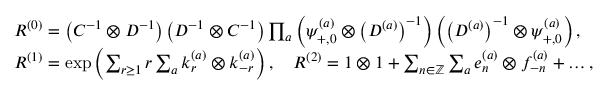
\begin{array} { r l } & { R ^ { ( 0 ) } = \left( C ^ { - 1 } \otimes D ^ { - 1 } \right) \left( D ^ { - 1 } \otimes C ^ { - 1 } \right) \prod _ { a } \left( \psi _ { + , 0 } ^ { ( a ) } \otimes \left( D ^ { ( a ) } \right) ^ { - 1 } \right) \left( \left( D ^ { ( a ) } \right) ^ { - 1 } \otimes \psi _ { + , 0 } ^ { ( a ) } \right) , } \\ & { R ^ { ( 1 ) } = \mathrm { e x p } \left( \sum _ { r \geq 1 } r \sum _ { a } k _ { r } ^ { ( a ) } \otimes k _ { - r } ^ { ( a ) } \right) , \quad R ^ { ( 2 ) } = 1 \otimes 1 + \sum _ { n \in \mathbb { Z } } \sum _ { a } e _ { n } ^ { ( a ) } \otimes f _ { - n } ^ { ( a ) } + \dots , } \end{array}